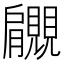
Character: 𧢞